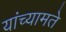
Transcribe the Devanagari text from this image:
यांच्यामते